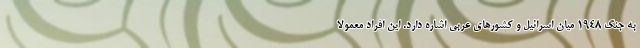
به جنگ 1948 میان اسرائیل و کشورهای عربی اشاره دارد. این افراد معمولا